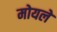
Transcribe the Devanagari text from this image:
मोयले